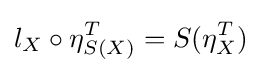
l_{X}\circ \eta _{S(X)}^{T}=S(\eta _{X}^{T})